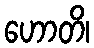
ဟောတိ၊